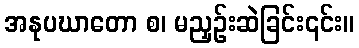
အနုပဃာတော စ၊ မညှဉ်းဆဲခြင်း၎င်း။